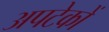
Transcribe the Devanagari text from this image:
अपटेकों